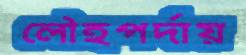
লৌহপর্দায়